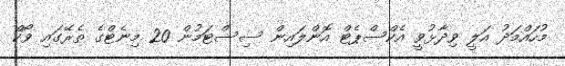
މުހައްމަދު އަލީ ވިދާޅުވީ އެކްސްޕެޓް އޮންލައިން ސިސްޓަމުން 20 މިނެޓްގެ ތެރޭގައި ވޯކް